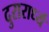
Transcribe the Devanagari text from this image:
दुरारार्ध्य